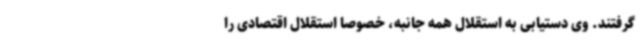
گرفتند. وی دستیابی به استقلال همه جانبه، خصوصا استقلال اقتصادی را